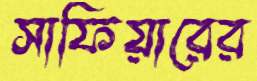
সাফিয়ারের